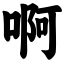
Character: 啊